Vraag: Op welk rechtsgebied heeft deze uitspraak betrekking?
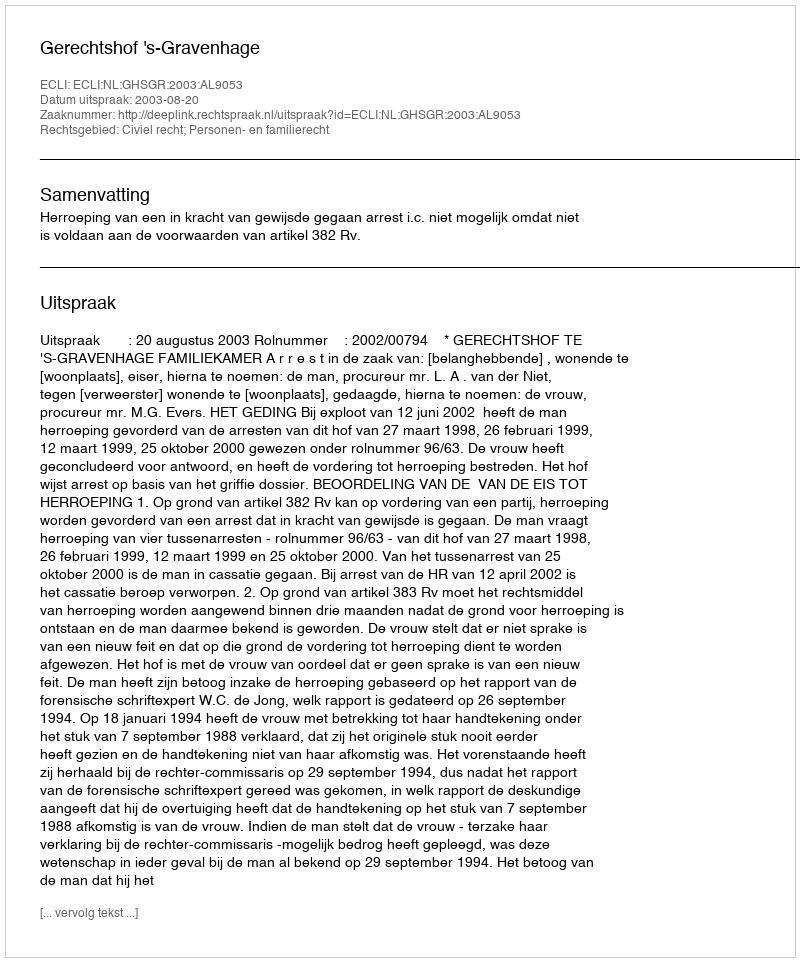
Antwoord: Civiel recht; Personen- en familierecht